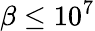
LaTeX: \beta\le 10^{7}